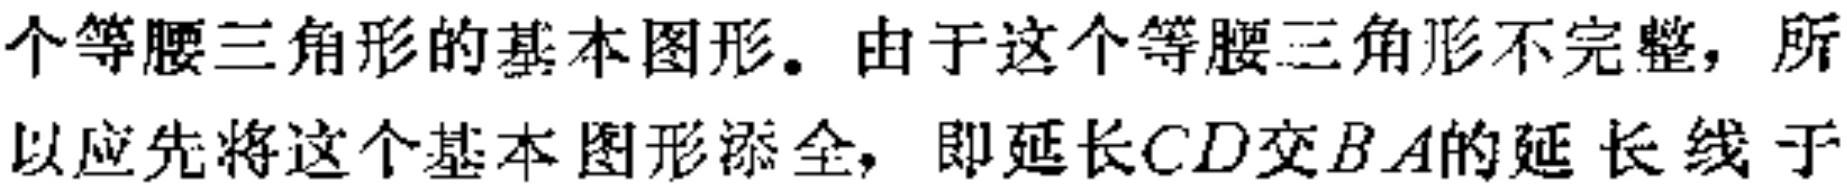
个等腰三角形的基本图形。由于这个等腰三角形不完整，所以应先将这个基本图形添全，即延长\(CD\)交\(BA\)的延长线于